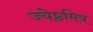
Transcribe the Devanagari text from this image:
ज्येष्ठमित्र